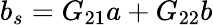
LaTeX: b_{s}=G_{21}a+G_{22}b